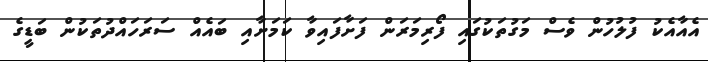
އެއާއެކު ފުލުހުން ވެސް މަގުތަކުގައި ފޯރިމަރަން ފަށާފައިވާ ކަމަށާއި ބައެއް ސަރަހައްދުތަކުން ބަޑީގެ